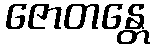
ဇောတန္တေ